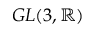
G L ( 3 , \mathbb R )